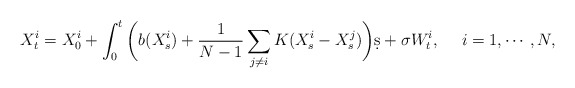
\begin{align*}X_t^i = X_0^i + \int_0^t\bigg(b(X_s^i) + \frac1{N-1}\sum_{j\neq i} K(X_s^i - X_s^j)\bigg)\d s + \sigma W_t^i,~~~~i=1,\cdots,N,\end{align*}